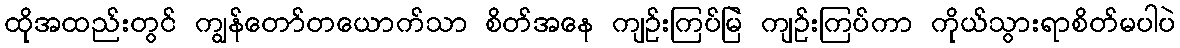
ထိုအထည်းတွင် ကျွန်တော်တယောက်သာ စိတ်အနေ ကျဉ်းကြပ်မြဲ ကျဉ်းကြပ်ကာ ကိုယ်သွားရာစိတ်မပါပဲ